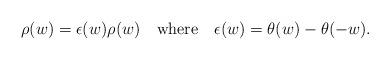
LaTeX: \begin{align*}\rho (w)=\epsilon (w)\rho (w)\quad \mathrm{where}\quad \epsilon (w)=\theta(w)-\theta (-w).\end{align*}